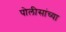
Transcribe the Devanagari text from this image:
पोलीसांच्या